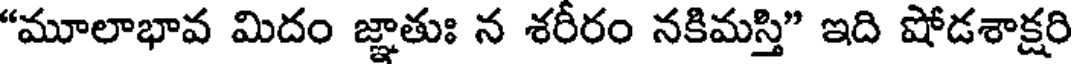
"మూలాభావ మిదం జ్ఞాతుః న శరీరం నకిమస్తి" ఇది షోడశాక్షరి